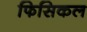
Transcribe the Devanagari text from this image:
फिसिकल